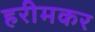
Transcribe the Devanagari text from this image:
हरीमकर